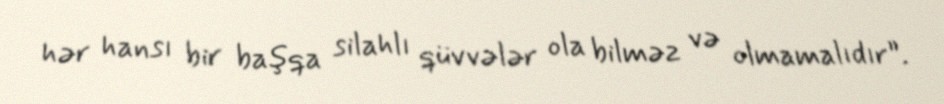
hər hansı bir başqa silahlı qüvvələr ola bilməz və olmamalıdır”.